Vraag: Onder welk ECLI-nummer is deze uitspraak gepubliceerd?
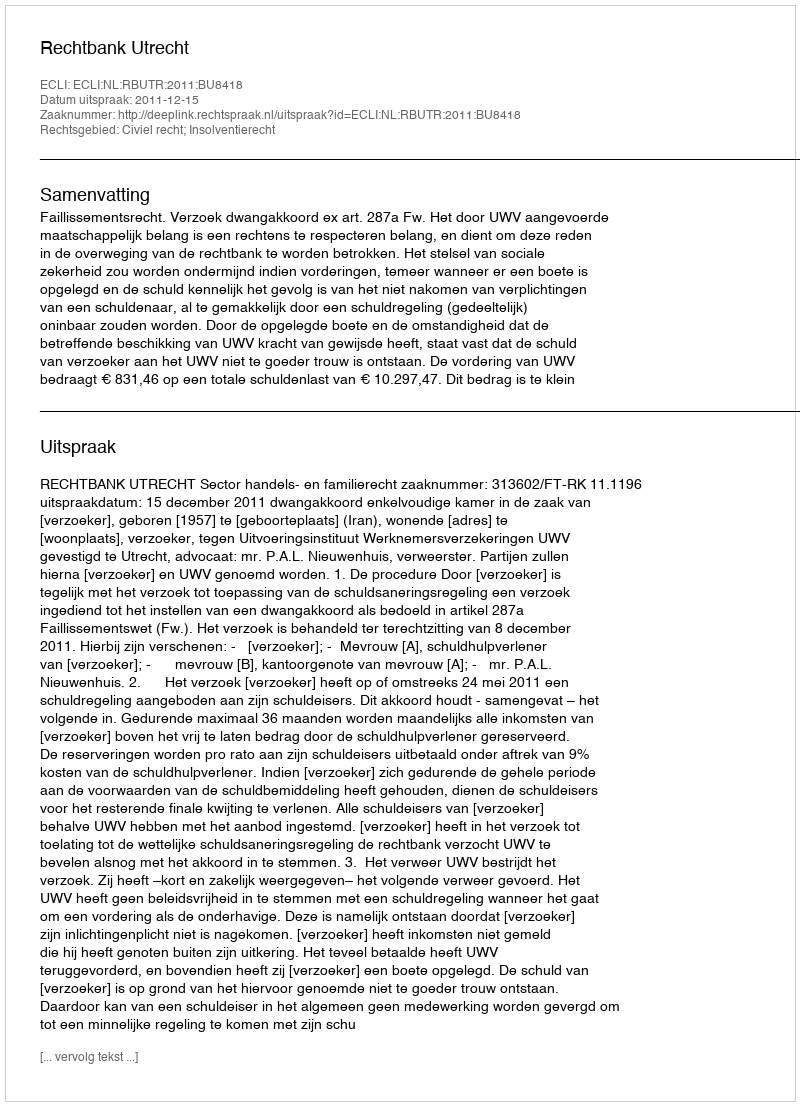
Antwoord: ECLI:NL:RBUTR:2011:BU8418